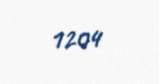
1204